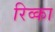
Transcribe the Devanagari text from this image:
रिव्का